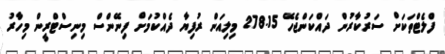
ފްލެޓްތަކަށް ސަރުކާރުން ދައްކަންޖެހޭ 278.15 މިލިއަން ރުފިޔާ ދެއްކުމަށް ފިނޭންސް މިނިސްޓްރީން މިހާރު